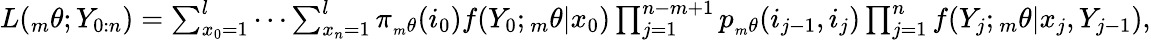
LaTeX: \begin{array}{r}{L({_m\theta};Y_{0:n})=\sum_{x_{0}=1}^{l}\cdots\sum_{x_{n}=1}^{l}\pi_{_m\theta}(i_{0})f(Y_{0};{_m\theta}|x_{0})\prod_{j=1}^{n-m+1}p_{_m\theta}(i_{j-1},i_{j})\prod_{j=1}^{n}f(Y_{j};{_m\theta}|x_{j},Y_{j-1}),}\end{array}